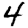
Digit: 4